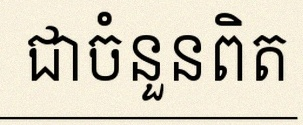
សន្មតថា x ជាចំនួនពិត